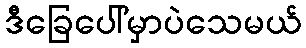
ဒီခြေပေါ်မှာပဲသေမယ်